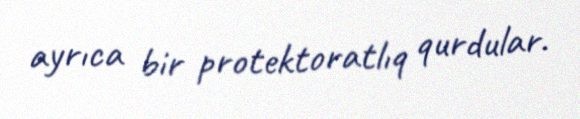
ayrıca bir protektoratlıq qurdular.